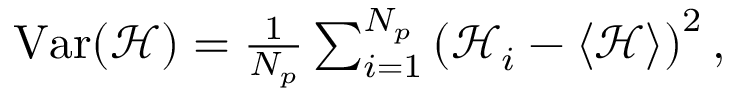
\begin{array} { r } { \operatorname { V a r } ( \mathscr { H } ) = \frac { 1 } { N _ { p } } \sum _ { i = 1 } ^ { N _ { p } } \left( \mathscr { H } _ { i } - \left\langle \mathscr { H } \right\rangle \right) ^ { 2 } , } \end{array}